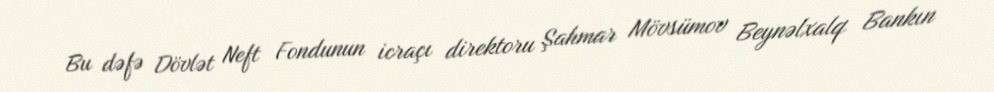
Bu dəfə Dövlət Neft Fondunun icraçı direktoru Şahmar Mövsümov Beynəlxalq Bankın